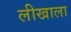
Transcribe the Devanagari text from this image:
लीखाला